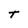
Character: T